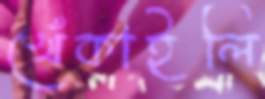
খেঁকাইলি